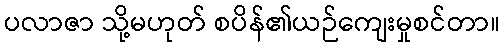
ပလာဇာ သို့မဟုတ် စပိန်၏ယဉ်ကျေးမှုစင်တာ။